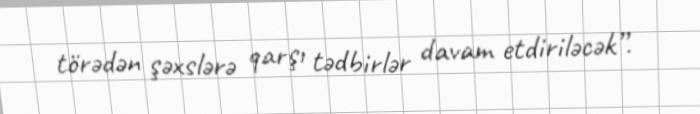
törədən şəxslərə qarşı tədbirlər davam etdiriləcək”.